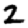
Digit: 2